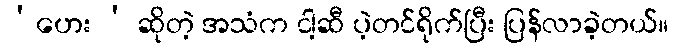
‘ဟေး ’ ဆိုတဲ့ အသံက ငါ့ဆီ ပဲ့တင်ရိုက်ပြီး ပြန်လာခဲ့တယ်။